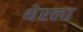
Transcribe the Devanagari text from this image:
थेरला